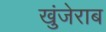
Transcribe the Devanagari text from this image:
खुंजेराब